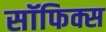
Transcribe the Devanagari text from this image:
सॉफिक्स